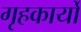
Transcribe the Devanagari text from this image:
गृहकार्यों